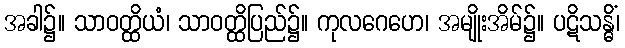
အခါ၌။ သာဝတ္ထိယံ၊ သာဝတ္ထိပြည်၌။ ကုလဂေဟေ၊ အမျိုးအိမ်၌။ ပဋိသန္ဓိံ၊